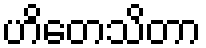
ဟိတေသိတာ